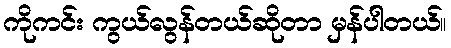
ကိုကင်း ကွယ်လွန်တယ်ဆိုတာ မှန်ပါတယ်။